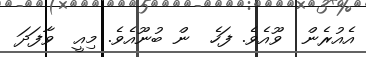
އެއުރެން  ވޫއެވެ. ފަހެ  ން ބުނޫއެވެ. މިއީ  ވާފަދަ